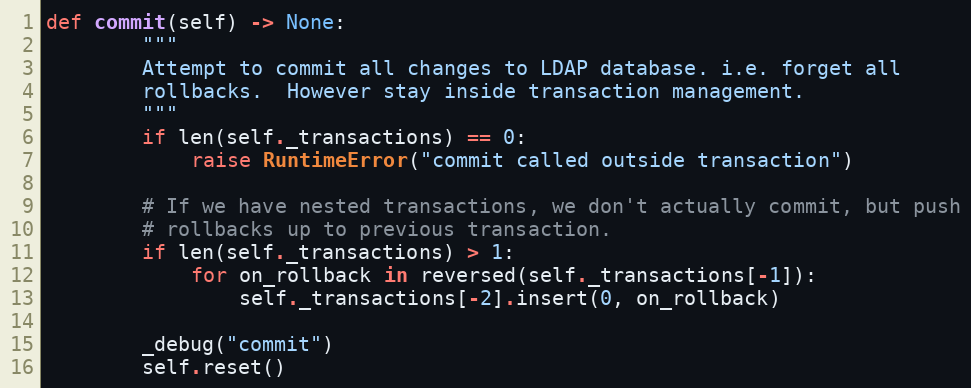
Language: Python
def commit(self) -> None:
        """
        Attempt to commit all changes to LDAP database. i.e. forget all
        rollbacks.  However stay inside transaction management.
        """
        if len(self._transactions) == 0:
            raise RuntimeError("commit called outside transaction")

        # If we have nested transactions, we don't actually commit, but push
        # rollbacks up to previous transaction.
        if len(self._transactions) > 1:
            for on_rollback in reversed(self._transactions[-1]):
                self._transactions[-2].insert(0, on_rollback)

        _debug("commit")
        self.reset()